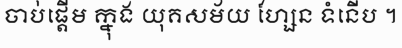
ចាប់ផ្តើម ក្នុង យុគសម័យ ហ្សែន ទំនើប ។